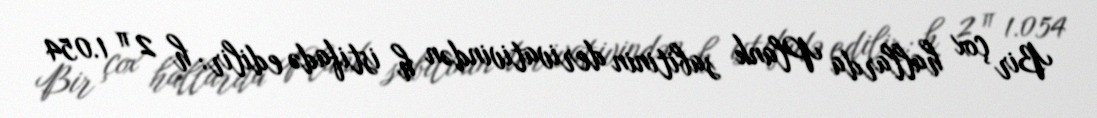
Bir çox hallarda Plank sabitinin derivativindən ħ istifadə edilir: h 2 π 1.054